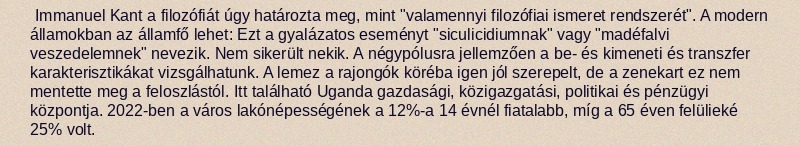
Immanuel Kant a filozófiát úgy határozta meg, mint "valamennyi filozófiai ismeret rendszerét". A modern államokban az államfő lehet: Ezt a gyalázatos eseményt "siculicidiumnak" vagy "madéfalvi veszedelemnek" nevezik. Nem sikerült nekik. A négypólusra jellemzően a be- és kimeneti és transzfer karakterisztikákat vizsgálhatunk. A lemez a rajongók köréba igen jól szerepelt, de a zenekart ez nem mentette meg a feloszlástól. Itt található Uganda gazdasági, közigazgatási, politikai és pénzügyi központja. 2022-ben a város lakónépességének a 12%-a 14 évnél fiatalabb, míg a 65 éven felülieké 25% volt.